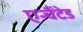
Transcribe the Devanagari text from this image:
एन्चैंटेड